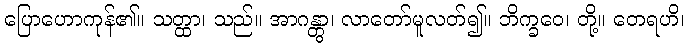
ပြောဟောကုန်၏။ သတ္ထာ၊ သည်။ အာဂန္တွာ၊ လာတော်မူလတ်၍။ ဘိက္ခဝေ၊ တို့။ တေရဟိ၊